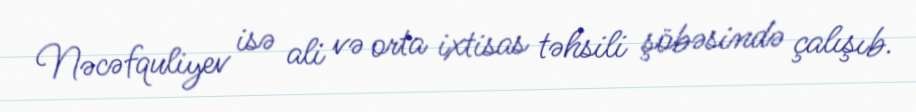
Nəcəfquliyev isə ali və orta ixtisas təhsili şöbəsində çalışıb.